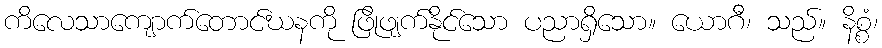
ကိလေသာကျောက်တောင်ဃနကို ဖြိုဖျက်နိုင်သော ပညာရှိသော။ ယောဂီ၊ သည်။ နိစ္စံ၊